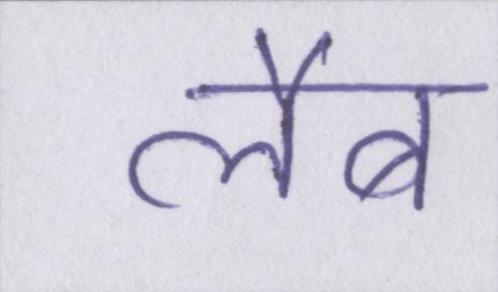
लैब